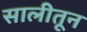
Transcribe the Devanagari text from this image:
सालीतून